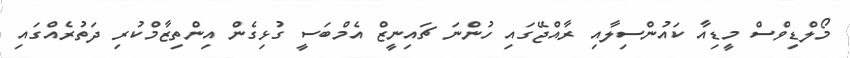
މޯލްޑިވްސް މީޑިއާ ކައުންސިލާއި ރާއްޖޭގައި ހުންނަ ޗައިނީޒް އެމްބަސީ ގުޅިގެން އިންތިޒާމްކުރި ދަތުރެއްގައި